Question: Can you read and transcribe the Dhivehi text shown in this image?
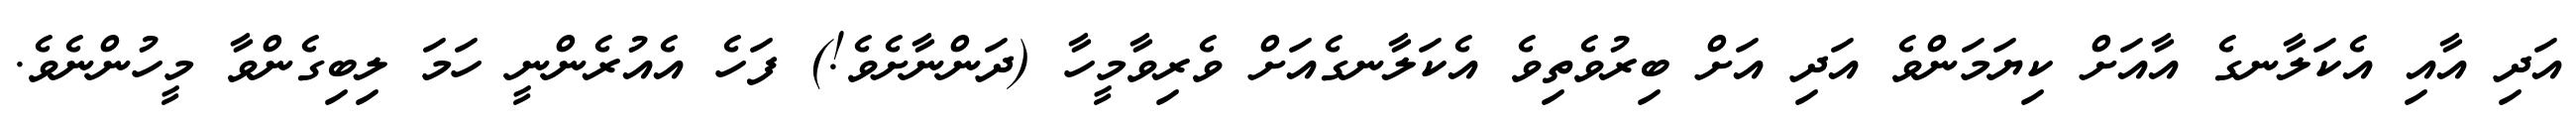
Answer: އަދި އާއި އެކަލާނގެ އާއަށް ކިޔަމަންވެ އަދި އަށް ބިރުވެތިވެ އެކަލާނގެއަށް ވެރިވާމީހާ (ދަންނާށެވެ!) ފަހެ އެއުރެންނީ ހަމަ ލިބިގެންވާ މީހުންނެވެ.